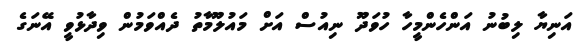
އަނިޔާ ލިބުނު އަންހެންމީހާ ހުވަދޫ ނިއުސް އަށް މައުލޫމާތު ދެއްވަމުން ވިދާޅުވީ އޭނަގެ